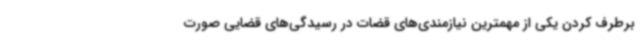
برطرف کردن یکی از مهمترین نیازمندی‌های قضات در رسیدگی‌های قضایی صورت